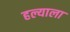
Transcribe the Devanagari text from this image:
हल्याला